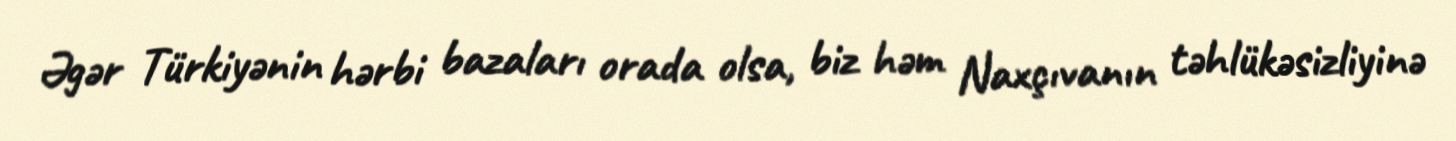
Əgər Türkiyənin hərbi bazaları orada olsa, biz həm Naxçıvanın təhlükəsizliyinə